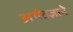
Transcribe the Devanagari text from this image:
अर्थतज्ञाने